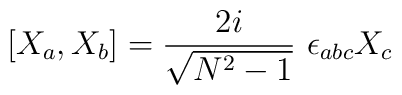
[X_{a},X_{b}]= \frac{2i}{\sqrt{N^2-1}}\ \epsilon_{abc} X_{c}